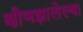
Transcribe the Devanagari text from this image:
क्षीणझालेल्या